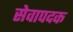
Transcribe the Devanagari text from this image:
सेवापदक